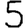
Digit: 5